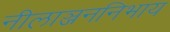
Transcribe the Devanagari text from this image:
नीलाञ्जननिभाय